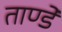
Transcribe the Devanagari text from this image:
ताण्डे